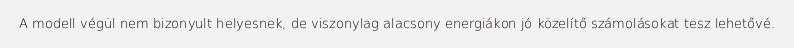
A modell végül nem bizonyult helyesnek, de viszonylag alacsony energiákon jó közelítő számolásokat tesz lehetővé.